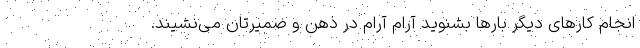
انجام کارهای دیگر بارها بشنوید آرام آرام در ذهن و ضمیرتان می‌نشیند.